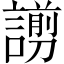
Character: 謭